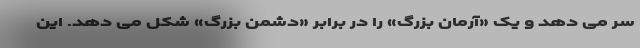
سر می دهد و یک «آرمان بزرگ» را در برابر «دشمن بزرگ» شکل می دهد. این